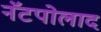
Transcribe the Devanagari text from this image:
नॅटपोलाद